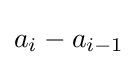
a_{i}-a_{i-1}